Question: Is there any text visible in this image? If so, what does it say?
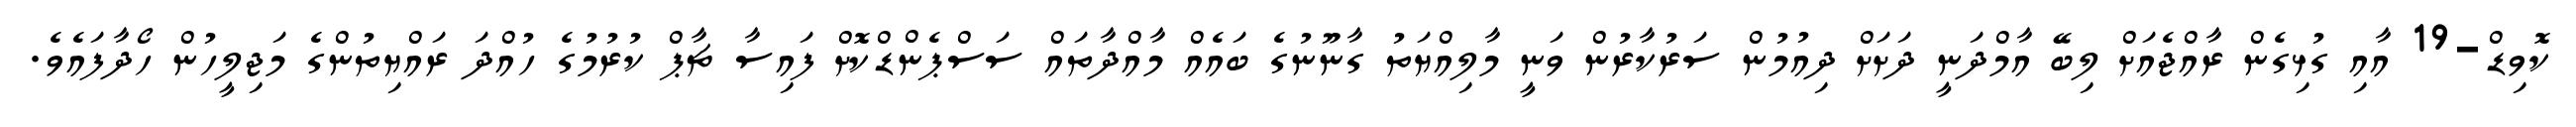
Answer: ކޮވިޑް-19 އާއި ގުޅިގެން ރާއްޖެއަށް ލިބޭ އާމްދަނީ ދަށަށް ދިއުމުން ސަރުކާރުން ވަނީ މާލިއްޔަތު ގާނޫނުގެ ބައެއް މާއްދާތައް ސަސްޕެންޑްކޮށް ފައިސާ ޗާޕް ކުރުމުގެ ހުއްދަ ރައްޔިތުންގެ މަޖިލީހުން ހޯދާފައެވެ.